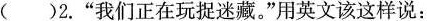
( )2.“我们正在玩捉迷藏。”用英文该这样说: